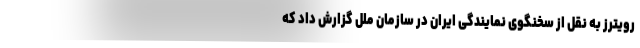
رویترز به نقل از سخنگوی نمایندگی ایران در سازمان ملل گزارش داد که